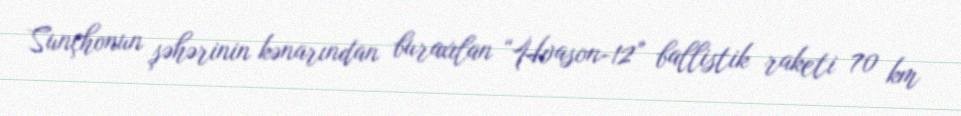
Sunçhonun şəhərinin kənarından buraxılan “Hvason-12” ballistik raketi 70 km